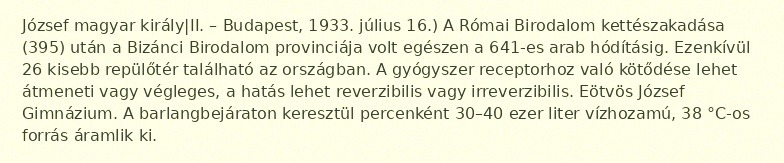
József magyar király|II. – Budapest, 1933. július 16.) A Római Birodalom kettészakadása (395) után a Bizánci Birodalom provinciája volt egészen a 641-es arab hódításig. Ezenkívül 26 kisebb repülőtér található az országban. A gyógyszer receptorhoz való kötődése lehet átmeneti vagy végleges, a hatás lehet reverzibilis vagy irreverzibilis. Eötvös József Gimnázium. A barlangbejáraton keresztül percenként 30–40 ezer liter vízhozamú, 38 °C-os forrás áramlik ki.